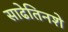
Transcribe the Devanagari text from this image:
साढेतिनशे